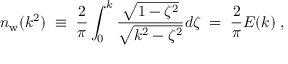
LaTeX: n _ { \mathrm { w } } ( k ^ { 2 } ) \; \equiv \; { \frac { 2 } { \pi } } \int _ { 0 } ^ { k } { \frac { \sqrt { 1 - \zeta ^ { 2 } } } { \sqrt { k ^ { 2 } - \zeta ^ { 2 } } } } d \zeta \; = \; { \frac { 2 } { \pi } } E ( k ) \; ,